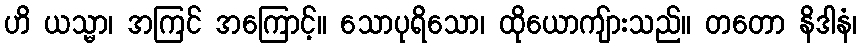
ဟိ ယသ္မာ၊ အကြင် အကြောင့်။ သောပုရိသော၊ ထိုယောကျ်ားသည်။ တတော နိဒါနံ၊